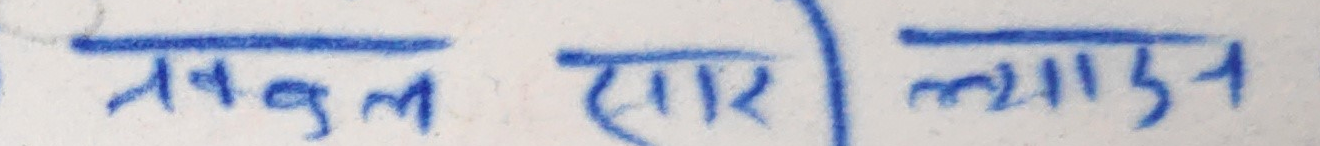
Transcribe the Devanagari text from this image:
अव्वल सार ल्याउन